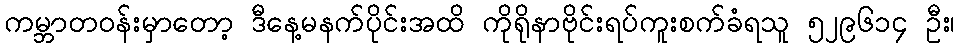
ကမ္ဘာတဝန်းမှာတော့ ဒီနေ့မနက်ပိုင်းအထိ ကိုရိုနာဗိုင်းရပ်ကူးစက်ခံရသူ ၅၂၉၆၁၄ ဦး၊